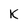
Character: k